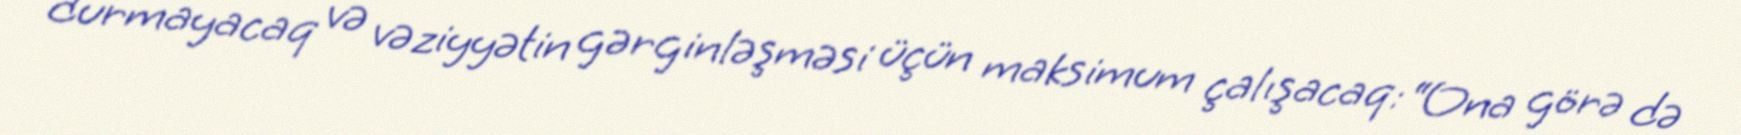
durmayacaq və vəziyyətin gərginləşməsi üçün maksimum çalışacaq: “Ona görə də